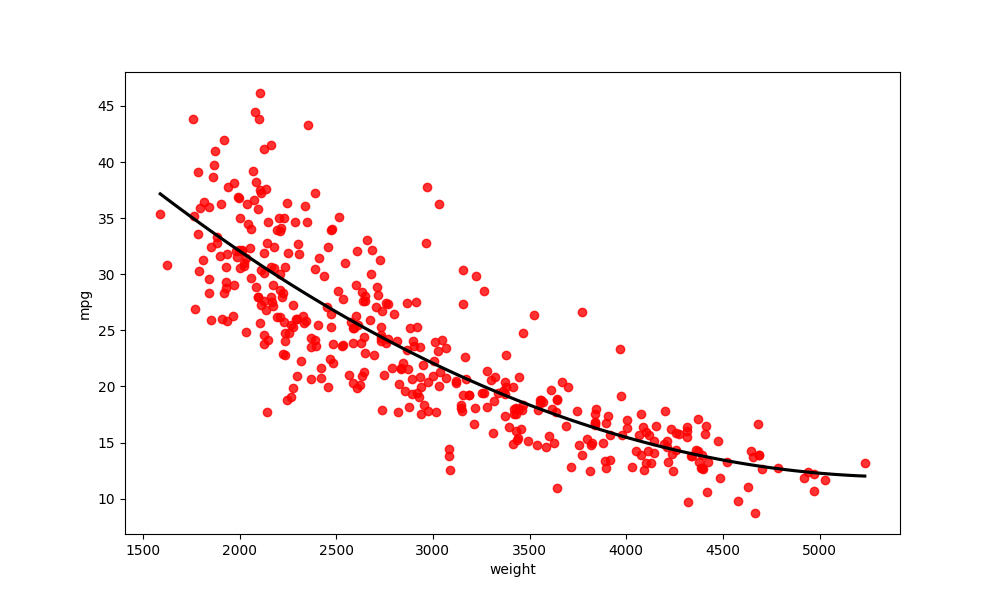
python, seaborn, regplot, order=2, ci=None, scatter_color=red, line_color=black